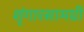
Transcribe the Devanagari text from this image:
शृंगारसामग्री